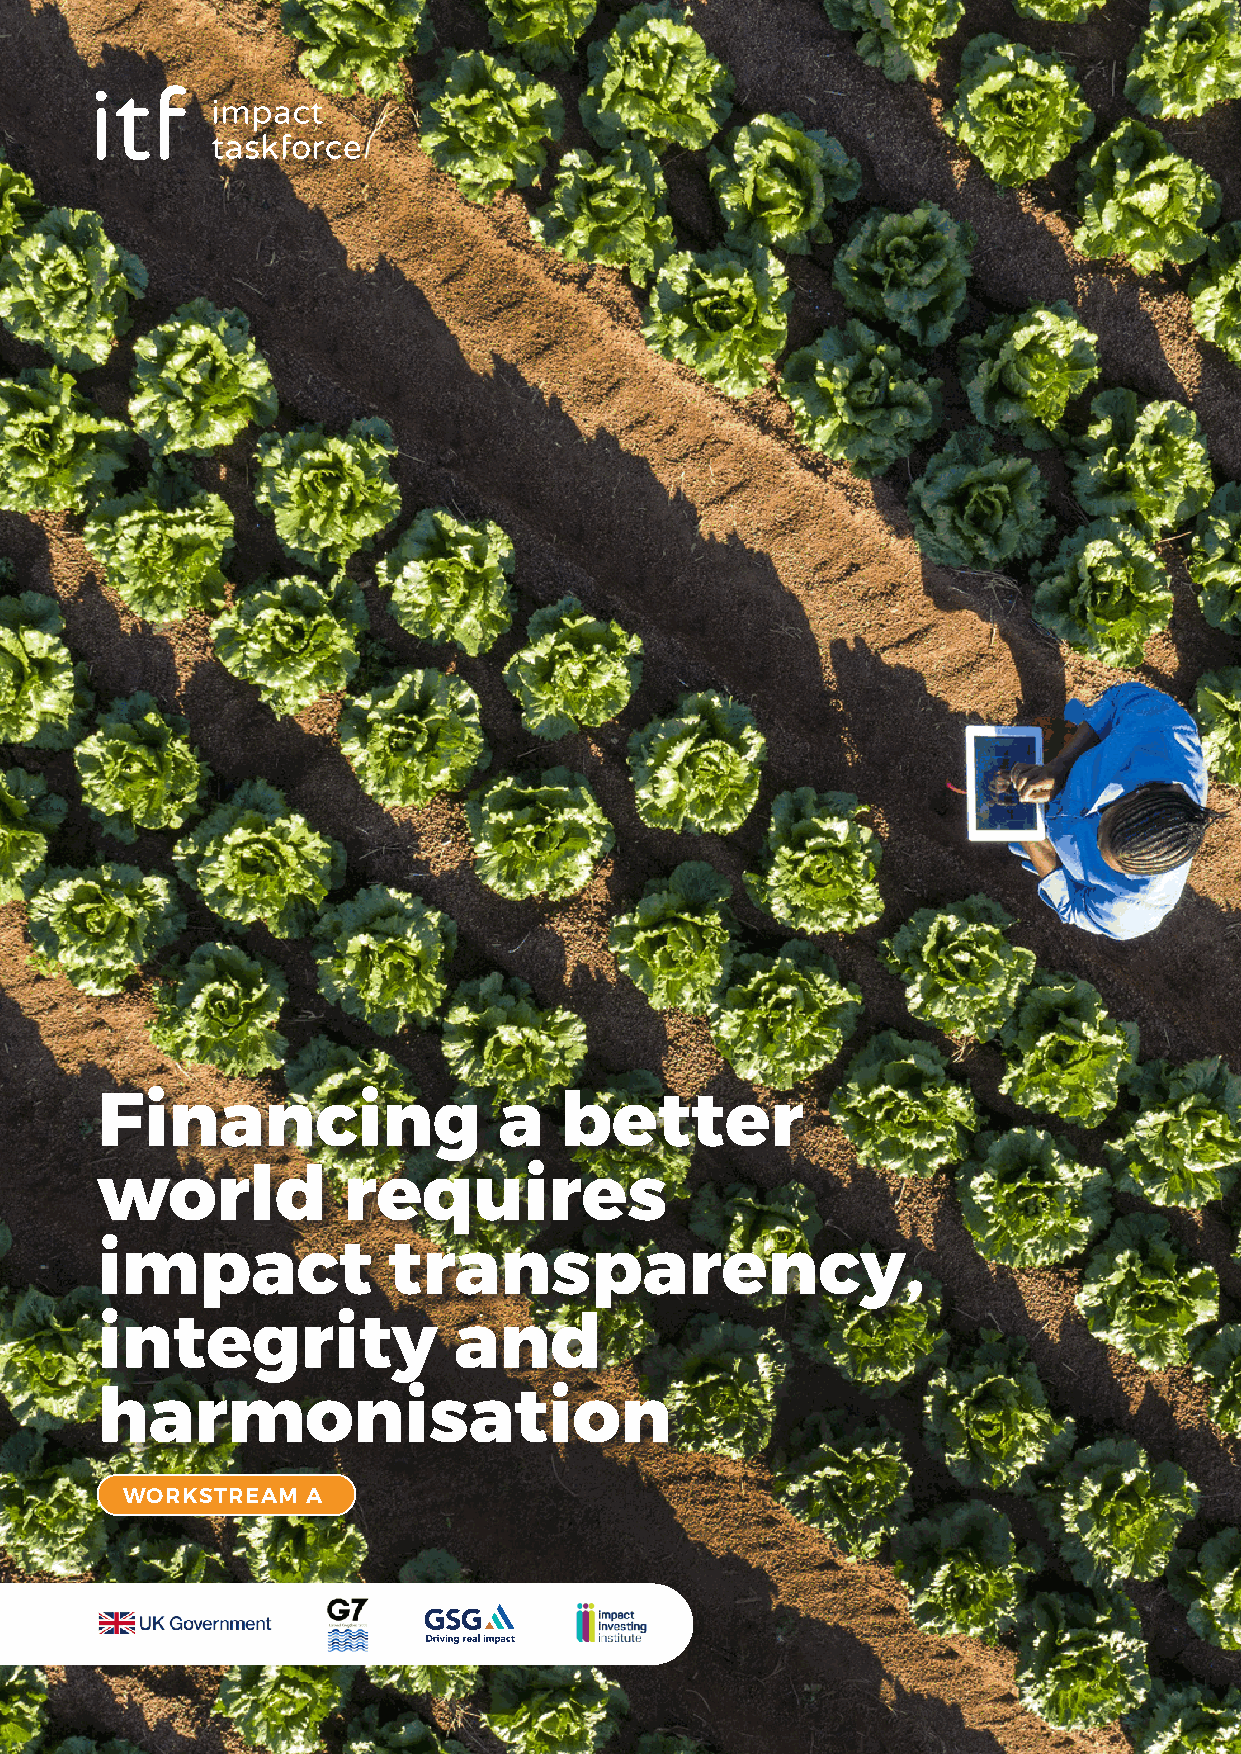
Financing                  a   better
 world            requires
 impact              transparency,
 integrity               and
 harmonisation
 WORKSTREAM  A